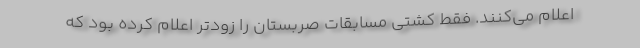
اعلام می‌کنند. فقط کشتی مسابقات صربستان را زودتر اعلام کرده بود که